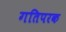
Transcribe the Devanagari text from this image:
गतिपरक